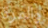
والمرة